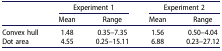
<table><thead><tr><td><b> </b></td><td colspan="2"><b>Experiment 1</b></td><td colspan="2"><b>Experiment 2</b></td></tr><tr><td><b> </b></td><td><b>Mean</b></td><td><b>Range</b></td><td><b>Mean</b></td><td><b>Range</b></td></tr></thead><tbody><tr><td>Convex hull</td><td>1.48</td><td>0.35–7.35</td><td>1.56</td><td>0.50–4.04</td></tr><tr><td>Dot area</td><td>4.55</td><td>0.25–15.11</td><td>6.88</td><td>0.23–27.12</td></tr></tbody></table>